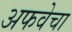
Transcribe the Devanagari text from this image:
अफवेचा